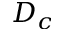
D _ { c }